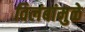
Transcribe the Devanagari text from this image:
विलंबांमुळे